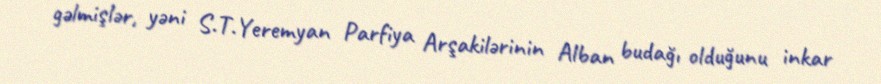
gəlmişlər, yəni S.T.Yeremyan Parfiya Arşakilərinin Alban budağı olduğunu inkar